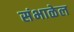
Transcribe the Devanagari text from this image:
संभाळेल